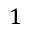
1